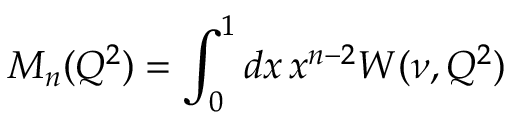
M _ { n } ( Q ^ { 2 } ) = \int _ { 0 } ^ { 1 } d x \, x ^ { n - 2 } W ( \nu , Q ^ { 2 } )